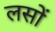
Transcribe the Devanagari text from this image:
लसों